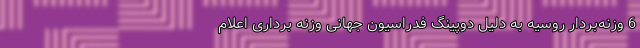
6 وزنه‌بردار روسیه به دلیل دوپینگ فدراسیون جهانی وزنه برداری اعلام